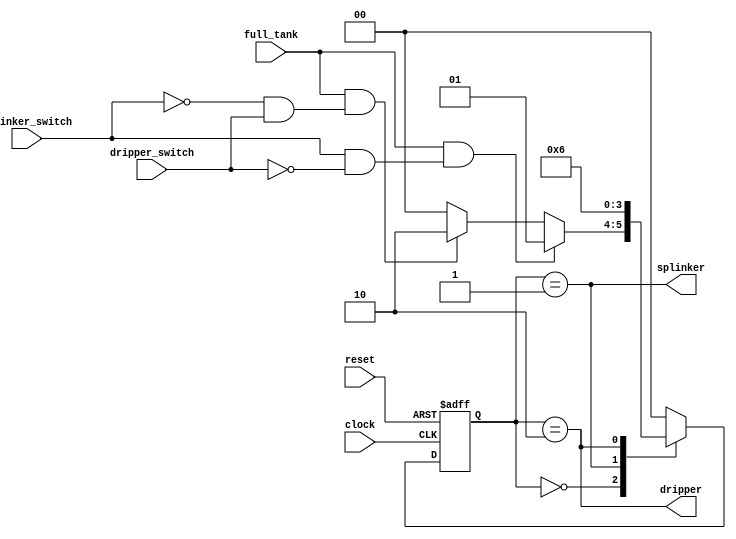
module irrigation_fsm (
    output splinker,
    output dripper,

    input clock,
    input reset,

    input full_tank,
    input splinker_switch,
    input dripper_switch
);

    reg [1:0] state, next_state;

    parameter IDLE = 2'b00;
    parameter SPLINKER = 2'b01;
    parameter DRIPPER = 2'b10;

    always @(posedge clock, posedge reset)
	    if ( reset ) state <= IDLE;
        else     	 state <= next_state;

    always @(*)
    case (state)
        IDLE:
            if (full_tank & (splinker_switch & !dripper_switch)) next_state <= SPLINKER;
            else begin
                if (full_tank & (!splinker_switch & dripper_switch)) next_state <= DRIPPER;
                else next_state <= IDLE;
            end
        SPLINKER:
            next_state <= SPLINKER;
        DRIPPER:
            next_state <= DRIPPER;
        default:
            next_state <= IDLE;
    endcase

    assign splinker = (state == SPLINKER);
    assign dripper = (state == DRIPPER);

endmodule